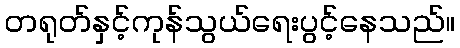
တရုတ်နှင့်ကုန်သွယ်ရေးပွင့်နေသည်။